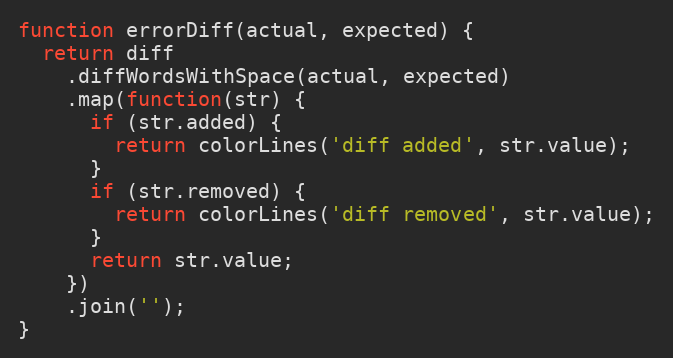
Language: JavaScript
function errorDiff(actual, expected) {
  return diff
    .diffWordsWithSpace(actual, expected)
    .map(function(str) {
      if (str.added) {
        return colorLines('diff added', str.value);
      }
      if (str.removed) {
        return colorLines('diff removed', str.value);
      }
      return str.value;
    })
    .join('');
}